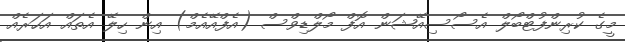
މީގެ ކުރިންފުޓްބޯލް އެސޯސިއޭޝަން އޮފް މޯލްޑިވްސް (އެފްއޭއެމް) އިން ހިލޭ އެތައް އަހަރެއް